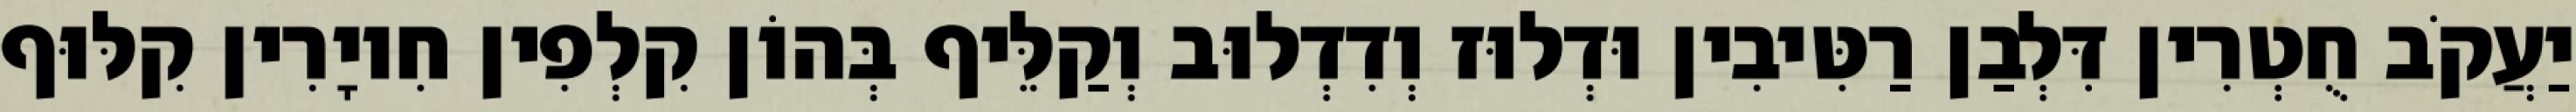
יַעֲקֹב חֻטְרִין דִּלְבַן רַטִּיבִין וּדְלוּז וְדִדְלוּב וְקַלֵּיף בְּהוֹן קִלְפִין חִיוָרִין קִלּוּף